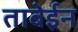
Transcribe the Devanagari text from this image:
ताबेईन